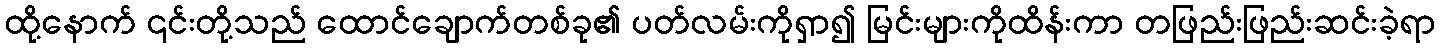
ထို့နောက် ၎င်းတို့သည် ထောင်ချောက်တစ်ခု၏ ပတ်လမ်းကိုရှာ၍ မြင်းများကိုထိန်းကာ တဖြည်းဖြည်းဆင်းခဲ့ရာ